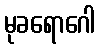
မုခရောဂေါ